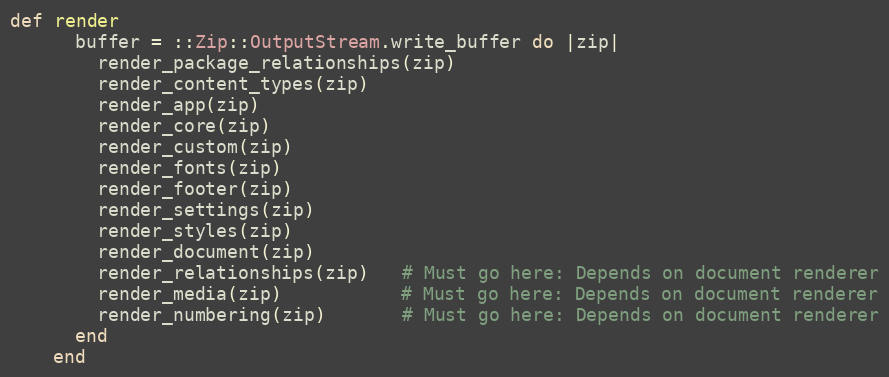
Language: Ruby
def render
      buffer = ::Zip::OutputStream.write_buffer do |zip|
        render_package_relationships(zip)
        render_content_types(zip)
        render_app(zip)
        render_core(zip)
        render_custom(zip)
        render_fonts(zip)
        render_footer(zip)
        render_settings(zip)
        render_styles(zip)
        render_document(zip)
        render_relationships(zip)   # Must go here: Depends on document renderer
        render_media(zip)           # Must go here: Depends on document renderer
        render_numbering(zip)       # Must go here: Depends on document renderer
      end
    end